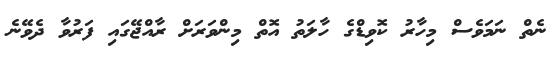
ނެތް ނަމަވެސް މިހާރު ކޮވިޑްގެ ހާލަތު އޮތް މިންވަރަށް ރާއްޖޭގައި ފަރުވާ ދެވޭނެ